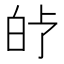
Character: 𤽗